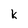
Character: K